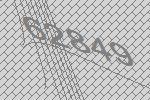
62849